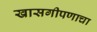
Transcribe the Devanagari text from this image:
खासगीपणाचा